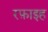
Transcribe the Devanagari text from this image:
रफ़ाइह